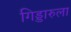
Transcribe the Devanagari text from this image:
गिड्डारुला